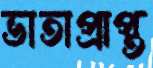
ভাতাপ্রাপ্ত